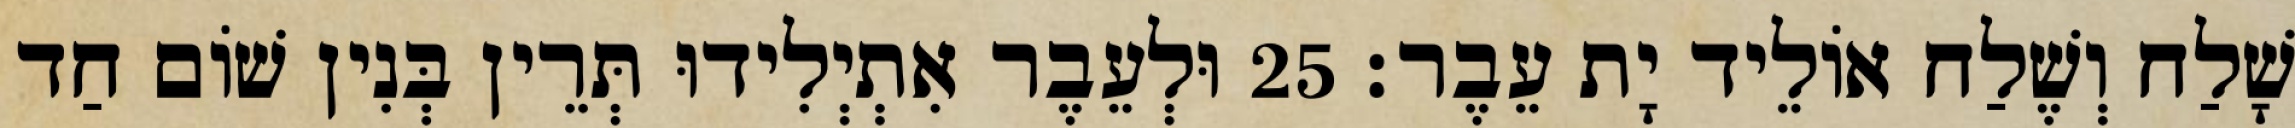
שָׁלַח וְשֶׁלַח אוֹלֵיד יָת עֵבֶר׃ 25 וּלְעֵבֶר אִתְיְלִידוּ תְּרֵין בְּנִין שׁוֹם חַד